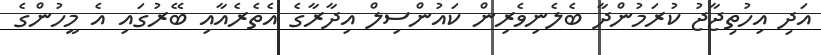
އަދި އިހުތިޖާޖު ކުރަމުންދާ ބެލެނިވެރިން ކައުންސިލް އިދާރާގެ އެތެރެއާއި ބޭރުގައި އެ މީހުންގެ